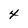
Character: 4